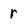
Character: r